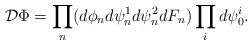
\begin{align*}{\cal D}\Phi = \prod_{n}(d \phi_{n} d\psi_{n}^{1} d\psi_{n}^{2} dF_{n}) \prod_{i} d\psi_{0}^{i} .\end{align*}